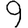
Digit: 9